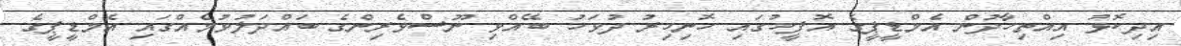
އިދިކޮޅު އިއްތިހާދުން އެމްޑީޕީގެ އޮފީހުގައި ހޮނިހިރު ދުވަހު ބޭއްވި ނޫސްވެރިންގެ ބައްދަލުވުމެއްގައި އެމްޑީޕީގެ